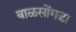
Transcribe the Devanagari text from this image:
बाळसोंगडा